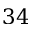
3 4